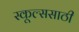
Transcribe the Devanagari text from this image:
स्कूल्ससाठी